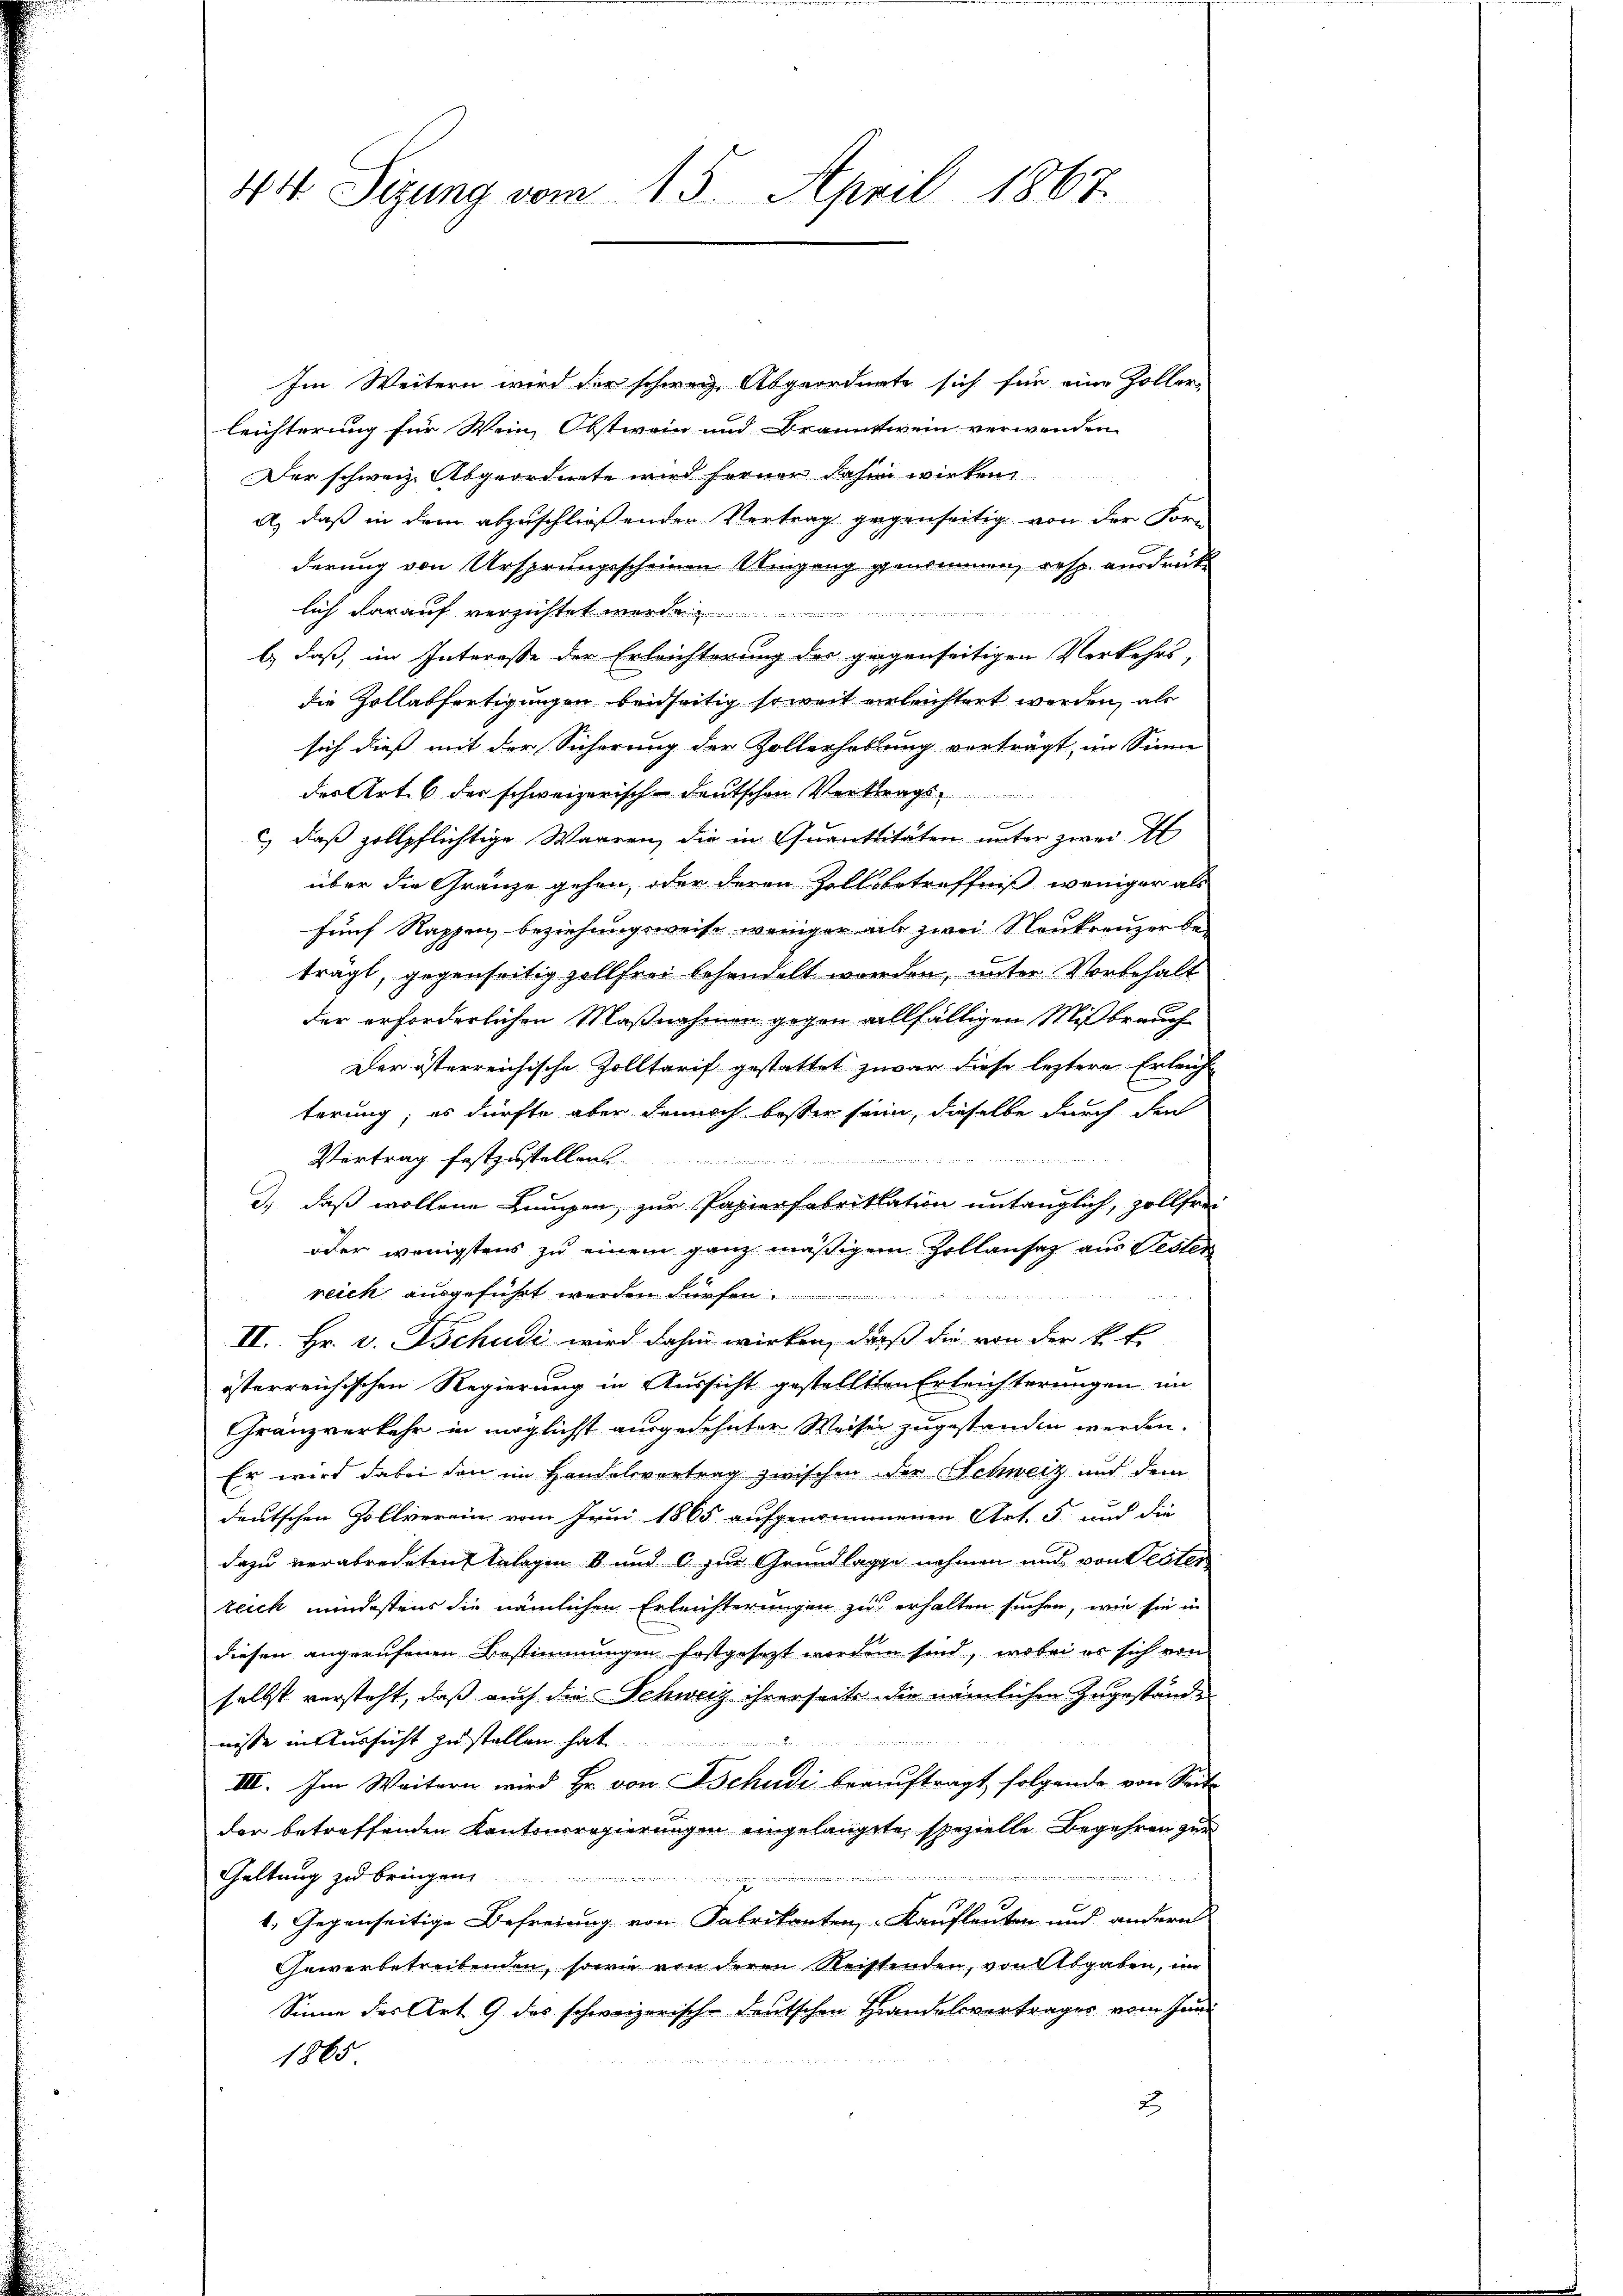
44 Sizung vom 15. April 1867.

Im Weitern wird der schweiz. Abgeordnete sich für eine Zoller-
leichterung für Wein, Obstwein und Branntwein verwenden
Der schweiz. Abgeordnete wird ferner dahin wirken
A., daß in dem abzuschließenden Vertrag gegenseitig von der For-
derung von Ursprungsscheinen Umgang genommen, resp. ausdrüklich darauf verzichtet werde
b.) daß, im Interesse der Erleichterung des gegenseitigen Verkehrs-
die Zollabfertigungen beidseitig soweit erleichtert werden, als
sich dieß mit der Sicherung der Zollerhaltung vorträgt, im Sinne
der Art. 6 der schweizerisch-deutschen Vertrags
c) daß zollpflichtige Waaren, die in Quantitäten unter zwei E
über die Gränze gehen, oder deren Zollsbetreffniß weniger als
fünf Rappen beziehungsweise weniger als zwei Neukreuzer beträgt, gegenseitig zollfrei behandelt werden, unter Vorbehalt
der erforderlichen Maßnahmen gegen allfälligen Mißbrauch
Der österreichische Zolltarif gestattet zwar diese leztere Erleich
terung; es dürfte aber dennoch besser seine, dieselbe durch den
Vortrag festzustellen
12
d.) daß wollene Lumpen, zur Papierfabrikation untenglich, zollfrei
oder wenigstens zu einem ganz mäßigem Zollansaz aus Bester
reich ausgeführt werden dürfen.......................
II. Hr. v. Schudi wird dahin wirken, daß die von der k.k.
österreichischen Regierung in Aussicht gestellten Erleichterungen im
Gränzverkehr in möglichst ausgedehnter Weisen zugestanden werden.
Er wird dabei den im Handelsvertrag zwischen der Schweiz und dem
deutschen Zollverein vom Juni 1865 aufgenommenen Art. 5 und die
dazu verabredeten Anlagen 8 und C. zur Grundlage nehmen und von Plater
teich mindestens die nämlichen Erleichterungen zu erhalten suchen, wie sie in
diesen angerufenen Bestimmungen festgesetzt worden sind, wobei er sich von
selbst versteht, daß auch die Schweiz ihrerseits die nämlichen Zugeständnisse in Aussicht zu stellen hat

III. Im Weitern wird Hr. von Tschudi beauftragt folgende von Seite
der betreffenden Kantonsregierungen eingelangte spezielle Begehren zur
Geltung zu bringen
u

1. Gegenseitige Befreiung von Fabrikanten, Kaufleuten und andern
Gewerbetreibenden, sowie von deren Reistenden, von Abgaben, im
Sinne des Art. 9 des schweizerische deutschen Handelsvertrages vom Jun¬
1865
2